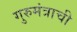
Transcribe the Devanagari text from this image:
गुरुमंत्राची